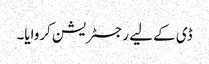
ڈی کے لیے رجسٹریشن کروایا۔